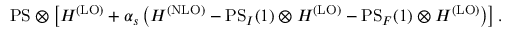
\mathrm { { P S } } \otimes \left[ H ^ { \mathrm { ( L O ) } } + \alpha _ { s } \left( H ^ { \mathrm { { ( N L O ) } } } - { \mathrm { P S } } _ { I } ( 1 ) \otimes H ^ { \mathrm { ( L O ) } } - { \mathrm { P S } } _ { F } ( 1 ) \otimes H ^ { \mathrm { ( L O ) } } \right) \right] .